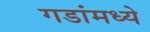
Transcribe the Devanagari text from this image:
गडांमध्ये